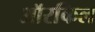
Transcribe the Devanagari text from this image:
ऑरकिल